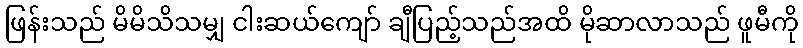
ဖြန်းသည် မိမိသိသမျှ ငါးဆယ်ကျော် ချီပြည့်သည်အထိ မိုဆာလာသည် ဖူမီကို